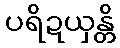
ပရိဍယှန္တိ